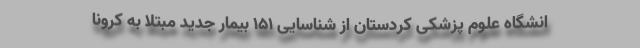
انشگاه علوم پزشکی کردستان از شناسایی 151 بیمار جدید مبتلا به کرونا